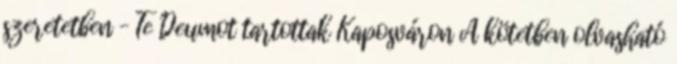
szeretetben – Te Deumot tartottak Kaposváron A kötetben olvasható